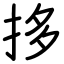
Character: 拸